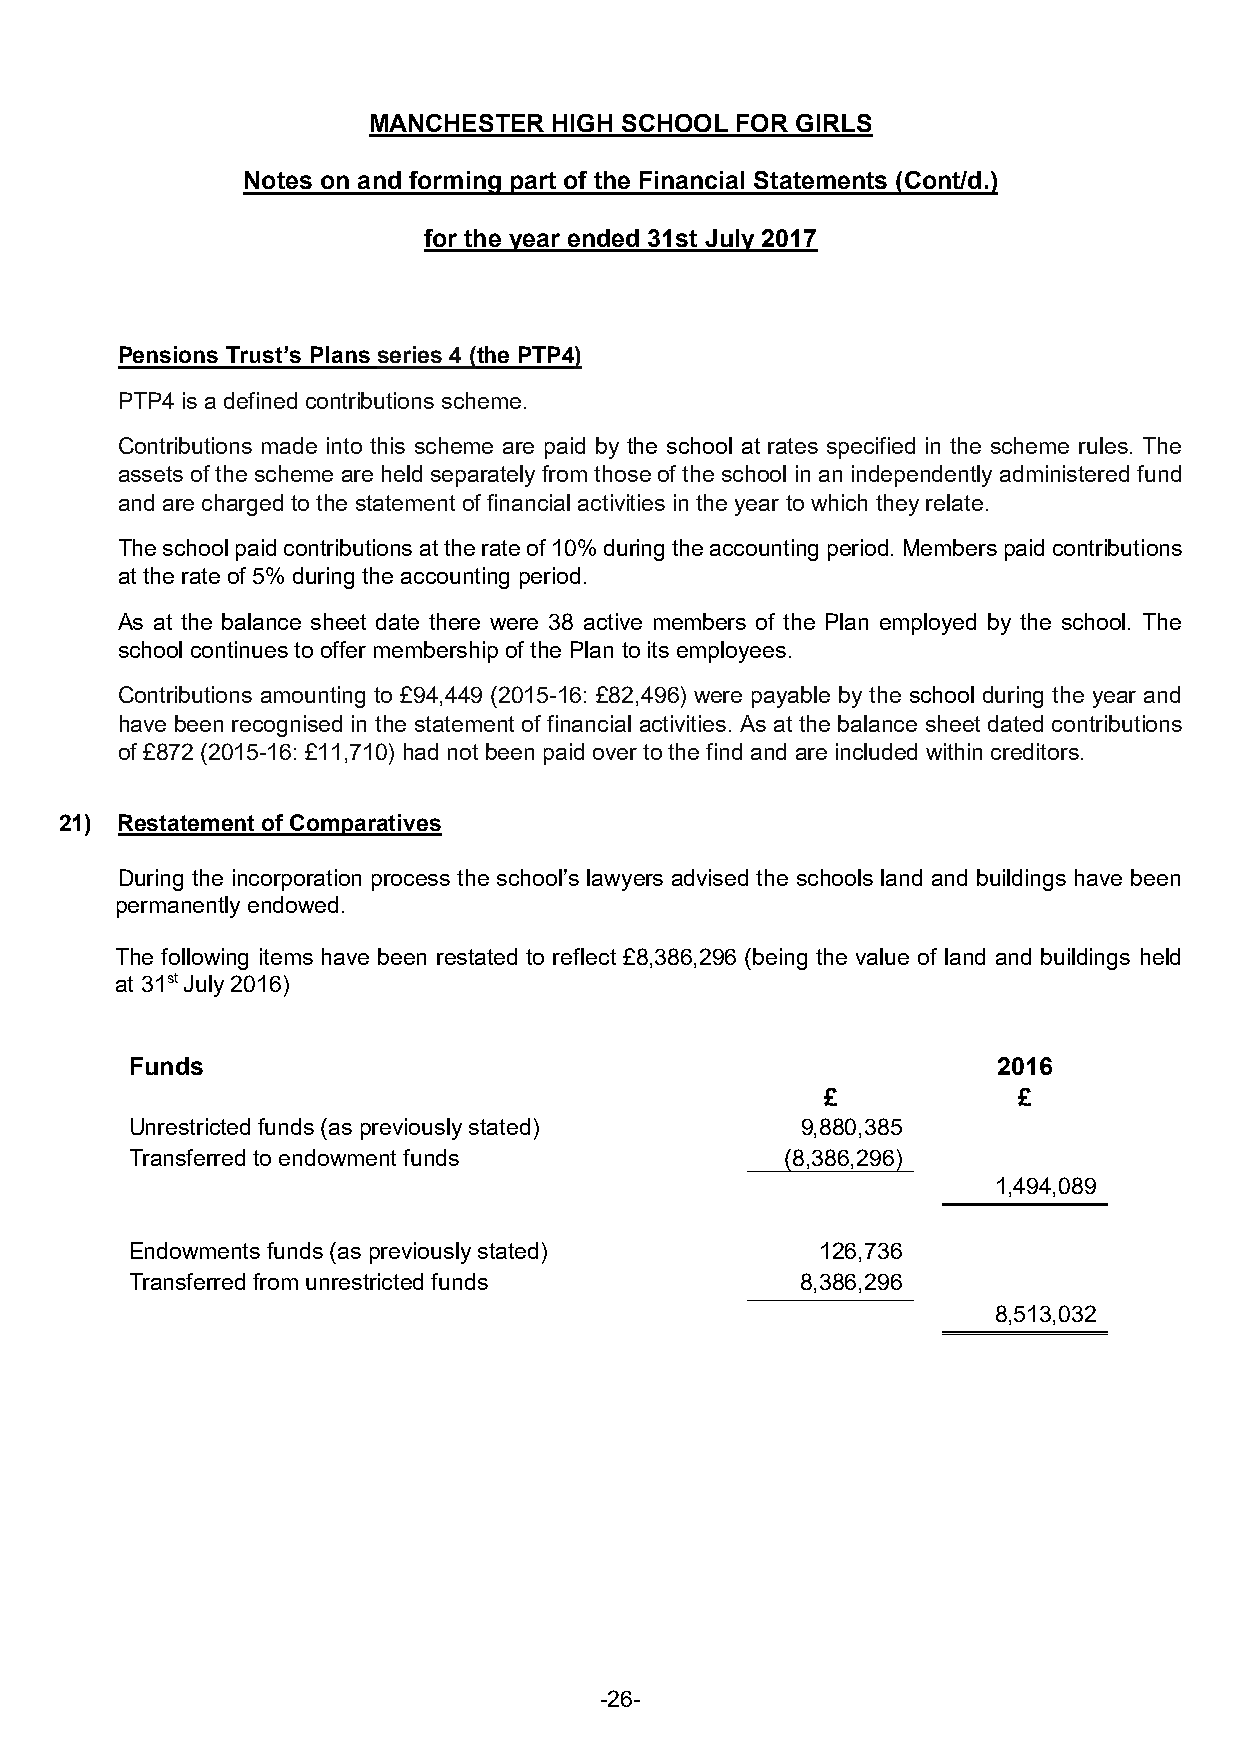
MANCHESTER   HIGH SCHOOL FOR GIRLS
 Notes on and forming part of the Financial Statements (Cont/d.)
 for the year ended 31st July 2017
 Pensions Trust’s Plans series 4 (the PTP4)
 PTP4 is a defined contributions scheme.
 Contributions made into this scheme are paid by the school at rates specified in the scheme rules. The
 assets of the scheme are held separately from those of the school in an independently administered fund
 and are charged to the statement of financial activities in the year to which they relate.
 The school paid contributions at the rate of 10% during the accounting period. Members paid contributions
 at the rate of 5% during the accounting period.
 As at the balance sheet date there were 38 active members of the Plan employed by the school. The
 school continues to offer membership of the Plan to its employees.
 Contributions amounting to £94,449 (2015-16: £82,496) were payable by the school during the year and
 have been recognised in the statement of financial activities. As at the balance sheet dated contributions
 of £872 (2015-16: £11,710) had not been paid over to the find and are included within creditors.
 21) Restatement of Comparatives
 During the incorporation process the school’s lawyers advised the schools land and buildings have been
 permanently endowed.
 The following items have been restated to reflect £8,386,296 (being the value of land and buildings held
 at 31st July 2016)
 Funds                                                    2016
 £            £
 Unrestricted funds (as previously stated)   9,880,385
 Transferred to endowment funds             (8,386,296)
 1,494,089
 Endowments funds (as previously stated)      126,736
 Transferred from unrestricted funds         8,386,296
 8,513,032
 -26-